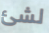
لشئ